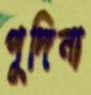
পুদিনা